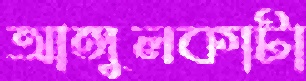
আঙ্গুলকাটা